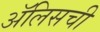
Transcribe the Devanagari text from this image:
ॲलिसची